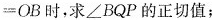
= O B$$时，求∠BQP的正切值；